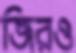
জিরও